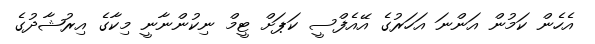
އެހެން ކަމުން އަންނަ އަހަރުގެ އޭއެފްސީ ކަޕަށް ޓީމް ނިކުންނާނީ މިކާގެ އިރުޝާދުގެ